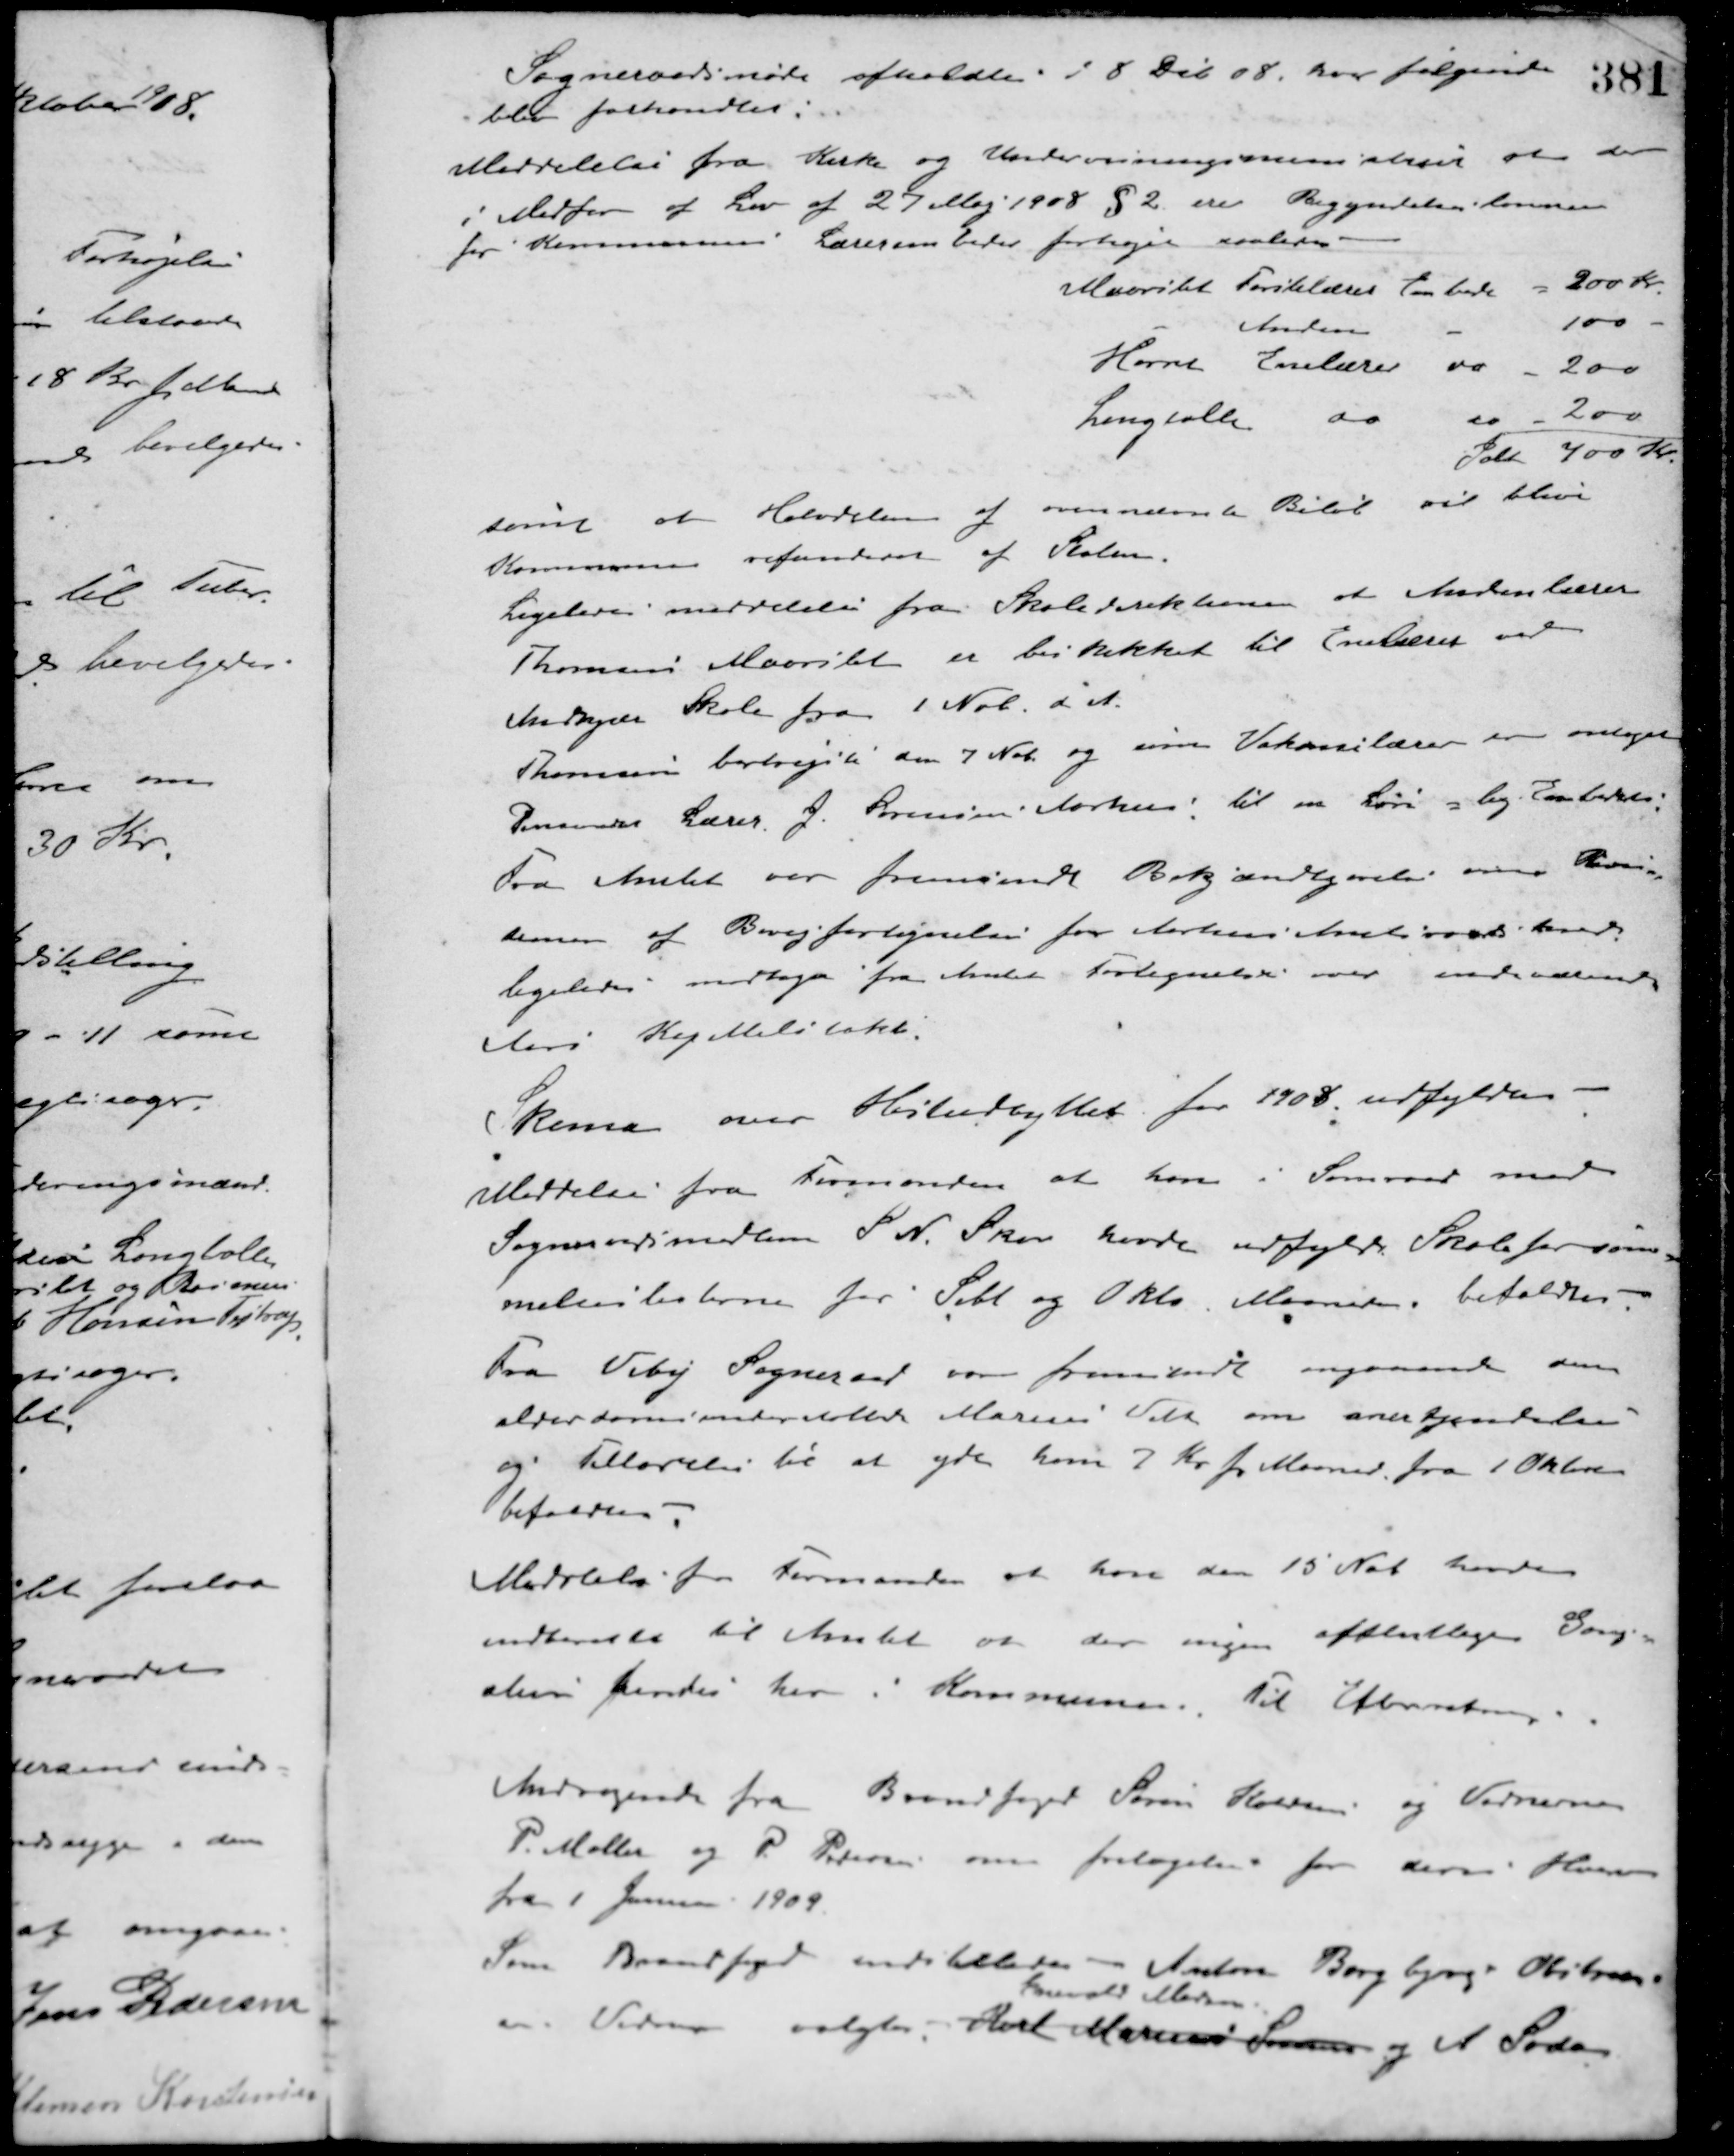
Transskription:
Sogneraadsmøde afholdtes i 8 Deb. 08, hvor følgende 
blev forhandlet:
Meddelelse fra Kirke og Undervisningsministeriet at der
i Medfør af Lov af 29 Maj 1908 § 2 ere Begyndelseslønnen
for Kommunens Lærerembeder forhøjet saaledes
Maarslet Førstelærer Embede = 200 Kr.
- Anden - 100 -
Hørret Enelærer do 200
Langballe do do 200
Ialt 400 Kr.
samt at Halvdelen af ovennævnte Beløb vil blive
Kommunen refunderet af Skolen.
Ligeledes meddelelse fra Skoledirektionen at Andenlærer
Thomsen Maarslet er beskikket til Enelærer ved
Andkjær Skole fra 1 Nob. d. A.
Thomsen bortrejste den 7 Nob. og som Vikarlærer er antaget
Pensendes Lærer J. Sørensen Aarhus til en Løn og lig Enelærer.
Fra Amtet var fremsendt Bekjendtgørelse om Revision
denner af Bivejfortegnelse for Aarhus Amtsraads hver.
ligeledes modtage fra Amtet Fortegnelse over indeværende
Aars Kapitteltakst.
Skema over Høstudbyttet for 1908 udfyldtes
Meddelse fra Formanden at han i Samraad med
Sogneraadsmedlem S. N. Skov havde udfyldt Skoleforsøm-
melseslisterne for Sebt. og Okto. Maaneder, bifaldtes.
Fra Viby Sogneraad var fremsendt angaaende den
alderdomsunderstøttede Marius Vild om anerkjendelse
og Tilladelse til at yde ham 7 Kr. pr. Maaned fra 1 Oktober
bifaldtes.
Meddelelse fra Formanden at han den 15 Nob. havde
indberettet til Amtet at der ingen offentlige Gang-
stier findes her i Kommunen. Til Efterretning
Andragende fra Brandfoged Søren Hansen og Vidnerne
P. Møller og P. Petersen om fritagelse for deres Hverv
fra 1 Januar 1909.
Som Brandfoged indstilledes - Anton Borgbjerg Obstrup
som Vidner valgtes Karl Marius Sørensen
Enevold Madsen.
og A. Sods